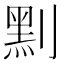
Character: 䵞